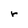
Character: r